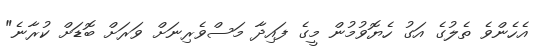
އެހެންވެ ތެލުގެ އަގު ހެޔޮވުމުން މީގެ ފައިދާ މަސްވެރިނަށް ވަރަށް ބޮޑަށް ކުރާނެ"